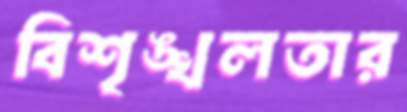
বিশৃঙ্খলতার